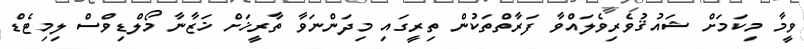
ވީމާ މިކަމަށް ޝައުޤުވެރިވެލައްވާ ފަރާތްތަކުން ތިރީގައި މިދަންނަވާ ތާރީޚަށް ޚަޒާނާ މޯލްޑިވްސް ލިމިޓެޑް